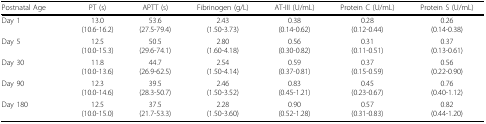
<table><thead><tr><td><b>Postnatal Age</b></td><td><b>PT (s)</b></td><td><b>APTT (s)</b></td><td><b>Fibrinogen (g/L)</b></td><td><b>AT-III (U/mL)</b></td><td><b>Protein C (U/mL)</b></td><td><b>Protein S (U/mL)</b></td></tr></thead><tbody><tr><td>Day 1</td><td>13.0(10.6-16.2)</td><td>53.6(27.5-79.4)</td><td>2.43(1.50-3.73)</td><td>0.38(0.14-0.62)</td><td>0.28(0.12-0.44)</td><td>0.26(0.14-0.38)</td></tr><tr><td>Day 5</td><td>12.5(10.0-15.3)</td><td>50.5(29.6-74.1)</td><td>2.80(1.60-4.18)</td><td>0.56(0.30-0.82)</td><td>0.31(0.11-0.51)</td><td>0.37(0.13-0.61)</td></tr><tr><td>Day 30</td><td>11.8(10.0-13.6)</td><td>44.7(26.9-62.5)</td><td>2.54(1.50-4.14)</td><td>0.59(0.37-0.81)</td><td>0.37(0.15-0.59)</td><td>0.56(0.22-0.90)</td></tr><tr><td>Day 90</td><td>12.3(10.0-14.6)</td><td>39.5(28.3-50.7)</td><td>2.46(1.50-3.52)</td><td>0.83(0.45-1.21)</td><td>0.45(0.23-0.67)</td><td>0.76(0.40-1.12)</td></tr><tr><td>Day 180</td><td>12.5(10.0-15.0)</td><td>37.5(21.7-53.3)</td><td>2.28(1.50-3.60)</td><td>0.90(0.52-1.28)</td><td>0.57(0.31-0.83)</td><td>0.82(0.44-1.20)</td></tr></tbody></table>